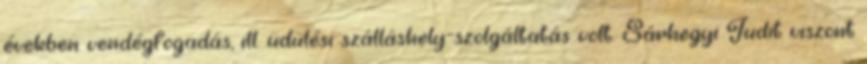
években vendégfogadás, ill. üdülési szálláshely-szolgáltatás volt. Sárhegyi Judit viszont